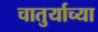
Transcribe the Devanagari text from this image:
चातुर्याच्या